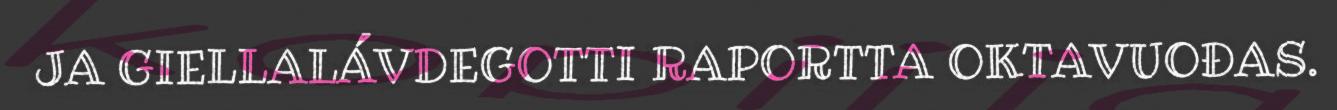
JA GIELLALÁVDEGOTTI RAPORTTA OKTAVUOĐAS.